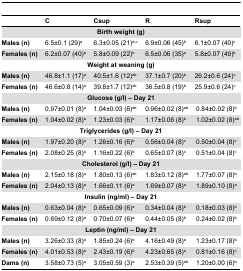
<table><thead><tr><td></td><td><b>C</b></td><td><b>Csup</b></td><td><b>R</b></td><td colspan="2"><b>Rsup</b></td></tr></thead><tbody><tr><td colspan="6"><b>Birth weight (g)</b></td></tr><tr><td><b>Males (n)</b></td><td>6.5±0.1 (29)<sup>a</sup></td><td>6.3±0.05 (21)<sup>a,c</sup></td><td>6.9±0.06 (45)<sup>b</sup></td><td colspan="2">6.1±0.07 (40)<sup>c</sup></td></tr><tr><td><b>Females (n)</b></td><td>6.2±0.07 (40)<sup>a</sup></td><td>5.8±0.09 (22)<sup>b</sup></td><td>6.5±0.06 (35)<sup>a</sup></td><td colspan="2">5.8±0.07 (49)<sup>b</sup></td></tr><tr><td colspan="6"><b>Weight at weaning (g)</b></td></tr><tr><td><b>Males (n)</b></td><td>46.8±1.1 (17)<sup>a</sup></td><td>40.5±1.6 (12)<sup>ab</sup></td><td>37.1±0.7 (20)<sup>b</sup></td><td colspan="2">26.2±0.6 (24)<sup>c</sup></td></tr><tr><td><b>Females (n)</b></td><td>46.6±0.8 (14)<sup>a</sup></td><td>39.8±1.7 (12)<sup>ab</sup></td><td>36.5±0.8 (19)<sup>b</sup></td><td colspan="2">25.9±0.6 (24)<sup>c</sup></td></tr><tr><td colspan="6"><b>Glucose (g/l) – Day 21</b></td></tr><tr><td><b>Males (n)</b></td><td>0.97±0.01 (8)<sup>a</sup></td><td>1.04±0.03 (6)<sup>ab</sup></td><td colspan="2">0.96±0.02 (8)<sup>ab</sup></td><td>0.84±0.02 (8)<sup>b</sup></td></tr><tr><td><b>Females (n)</b></td><td>1.04±0.02 (8)<sup>a</sup></td><td>1.23±0.03 (6)<sup>b</sup></td><td colspan="2">1.17±0.06 (8)<sup>b</sup></td><td>1.02±0.02 (8)<sup>ab</sup></td></tr><tr><td colspan="6"><b>Triglycerides (g/l) – Day 21</b></td></tr><tr><td><b>Males (n)</b></td><td>1.97±0.20 (8)<sup>a</sup></td><td>1.26±0.16 (6)<sup>b</sup></td><td colspan="2">0.56±0.04 (8)<sup>c</sup></td><td>0.50±0.04 (8)<sup>c</sup></td></tr><tr><td><b>Females (n)</b></td><td>2.08±0.25 (8)<sup>a</sup></td><td>1.16±0.22 (6)<sup>b</sup></td><td colspan="2">0.65±0.07 (8)<sup>c</sup></td><td>0.51±0.04 (8)<sup>c</sup></td></tr><tr><td colspan="6"><b>Cholesterol (g/l) – Day 21</b></td></tr><tr><td><b>Males (n)</b></td><td>2.15±0.18 (8)<sup>a</sup></td><td>1.80±0.13 (6)<sup>ab</sup></td><td colspan="2">1.83±0.12 (8)<sup>ab</sup></td><td>1.77±0.07 (8)<sup>b</sup></td></tr><tr><td><b>Females (n)</b></td><td>2.04±0.13 (8)<sup>a</sup></td><td>1.66±0.11 (6)<sup>a</sup></td><td colspan="2">1.69±0.07 (8)<sup>a</sup></td><td>1.89±0.10 (8)<sup>a</sup></td></tr><tr><td colspan="6"><b>Insulin (ng/ml) – Day 21</b></td></tr><tr><td><b>Males (n)</b></td><td>0.63±0.04 (8)<sup>a</sup></td><td>0.65±0.09 (6)<sup>a</sup></td><td colspan="2">0.34±0.04 (8)<sup>b</sup></td><td>0.18±0.03 (8)<sup>b</sup></td></tr><tr><td><b>Females (n)</b></td><td>0.69±0.12 (8)<sup>a</sup></td><td>0.70±0.07 (6)<sup>a</sup></td><td colspan="2">0.44±0.05 (8)<sup>b</sup></td><td>0.24±0.02 (8)<sup>b</sup></td></tr><tr><td colspan="6"><b>Leptin (ng/ml) – Day 21</b></td></tr><tr><td><b>Males (n)</b></td><td>3.26±0.33 (8)<sup>a</sup></td><td>1.85±0.24 (6)<sup>b</sup></td><td colspan="2">4.16±0.49 (8)<sup>a</sup></td><td>1.23±0.17 (8)<sup>b</sup></td></tr><tr><td><b>Females (n)</b></td><td>4.01±0.53 (8)<sup>a</sup></td><td>2.43±0.19 (6)<sup>b</sup></td><td colspan="2">4.23±0.65 (8)<sup>a</sup></td><td>0.81±0.16 (8)<sup>c</sup></td></tr><tr><td><b>Dams (n)</b></td><td>3.58±0.73 (5)<sup>a</sup></td><td>3.05±0.59 (3)<sup>a</sup></td><td colspan="2">2.53±0.39 (5)<sup>ab</sup></td><td>1.20±0.00 (6)<sup>b</sup></td></tr></tbody></table>